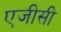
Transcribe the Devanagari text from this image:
एजीसी